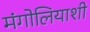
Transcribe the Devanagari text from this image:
मंगोलियाशी